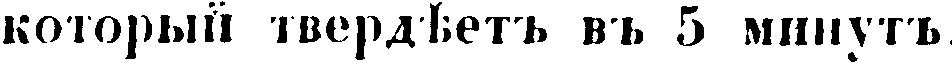
который твердѣтъ въ 5 минутъ.